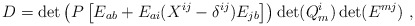
\begin{align*}D=\det \left(P\left[E_{ab}+E_{ai}(X^{ij}-\delta^{ij})E_{jb}\right]\right)\det(Q^{i}_m)\det(E^{mj}) \ ,\end{align*}